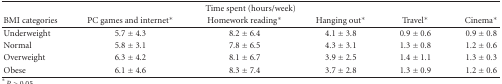
| <COLSPAN=6> Time spent (hours/week) |
 | BMI categories | PC games and internet* | Homework reading* | Hanging out* | Travel* | Cinema* |
 | --- | --- | --- | --- | --- | --- |
 | Underweight | 5.7 ± 4.3 | 8.2 ± 6.4 | 4.1 ± 3.8 | 0.9 ± 0.6 | 0.9 ± 0.8 |
 | Normal | 5.8 ± 3.1 | 7.8 ± 6.5 | 4.3 ± 3.1 | 1.3 ± 0.8 | 1.2 ± 0.6 |
 | Overweight | 6.3 ± 4.2 | 8.1 ± 6.7 | 3.9 ± 2.5 | 1.4 ± 1.1 | 1.3 ± 0.3 |
 | Obese | 6.1 ± 4.6 | 8.3 ± 7.4 | 3.7 ± 2.8 | 1.3 ± 0.9 | 1.2 ± 0.6 |